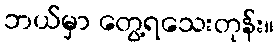
ဘယ်မှာ တွေ့ရသေးတုန်း။